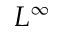
L ^ { \infty }